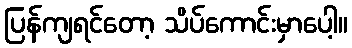
ပြန်ကျရင်တော့ သိပ်ကောင်းမှာပေါ့။